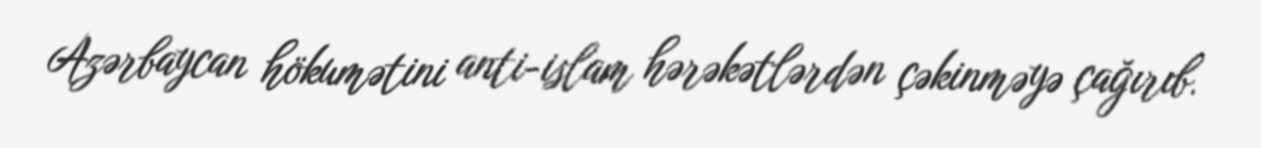
Azərbaycan hökumətini anti-islam hərəkətlərdən çəkinməyə çağırıb.